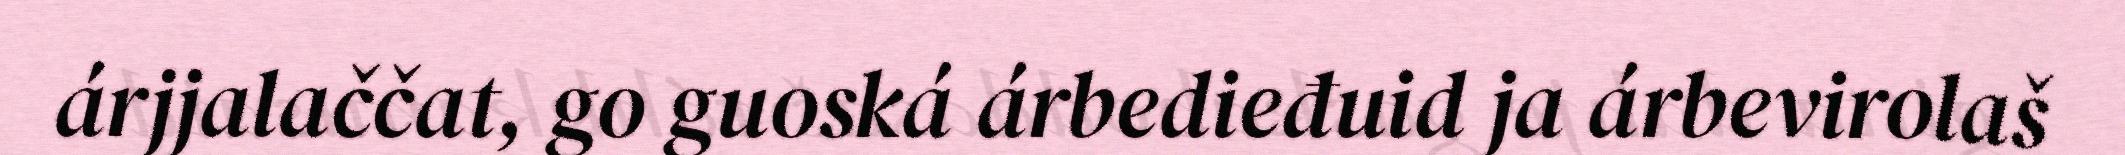
árjjalaččat, go guoská árbedieđuid ja árbevirolaš